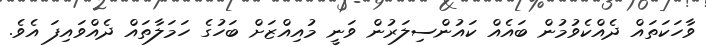
ވާހަކަތައް ދެއްކެވުމުން ބައެއް ކައުންސިލަރުން ވަނީ މުއިއްޒަށް ބަހުގެ ހަމަލާތައް ދެއްވައިފަ އެވެ.